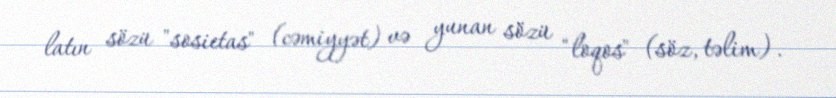
latın sözü "sosietas" (cəmiyyət) və yunan sözü "loqos" (söz, təlim).